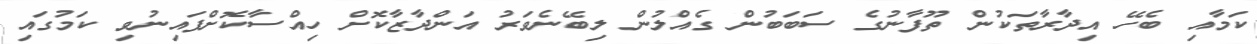
ކަމާއި ބެހޭ އިދާރާތަކުން ތޫފާނުގެ ސަބަބުން ގެއްލުން ލިބޭނެވަރު އަންދާޒާކޮށް ހިއްސާކޮށްފައިނުވި ކަމުގައި